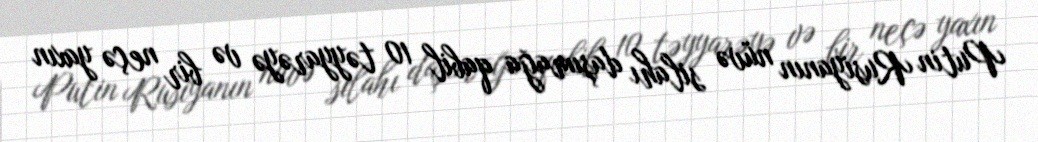
Putin Rusiyanın nüvə silahı daşımağa qabil 10 təyyarəyə və bir neçə yaxın